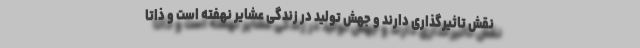
نقش تاثیرگذاری دارند و جهش تولید در زندگی عشایر نهفته است و ذاتا